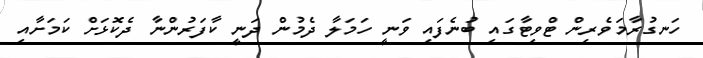
ހަނގުރާމަވެރިން ޓްވިޓާގައި ބުނެފައި ވަނީ ހަމަލާ ދެމުން ދަނީ ކާފަރުންނާ ދެކޮޅަށް ކަމަށާއި